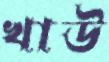
খাউ